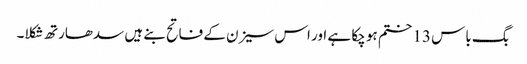
بگ باس 13 ختم ہو چکا ہے اور اس سیزن کے فاتح بنے ہیں سدھارتھ شکلا۔